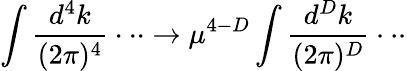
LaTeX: \int\frac{d^{4}k}{(2\pi)^{4}}\cdot\cdot\cdot\rightarrow\mu^{4-D}\int\frac{d^{D}k}{(2\pi)^{D}}\cdot\cdot\cdot